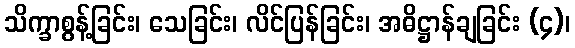
သိက္ခာစွန့်ခြင်း၊ သေခြင်း၊ လိင်ပြန်ခြင်း၊ အဓိဋ္ဌာန်ချခြင်း (၄)၊